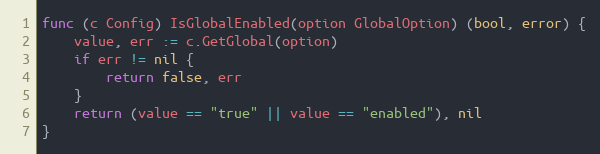
Language: Go
func (c Config) IsGlobalEnabled(option GlobalOption) (bool, error) {
	value, err := c.GetGlobal(option)
	if err != nil {
		return false, err
	}
	return (value == "true" || value == "enabled"), nil
}